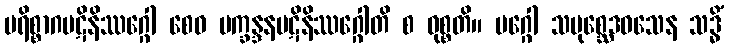
ပရိစ္စာဂပဋိနိဿဂ္ဂေါ စေဝ ပက္ခန္ဒနပဋိနိဿဂ္ဂေါတိ စ ဝုစ္စတိ။ မဂ္ဂေါ သမုစ္ဆေဒဝသေန သဒ္ဓိံ